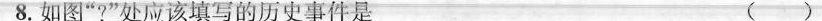
8.如图”?”处应该填写的历史事件是( )